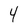
Character: 4